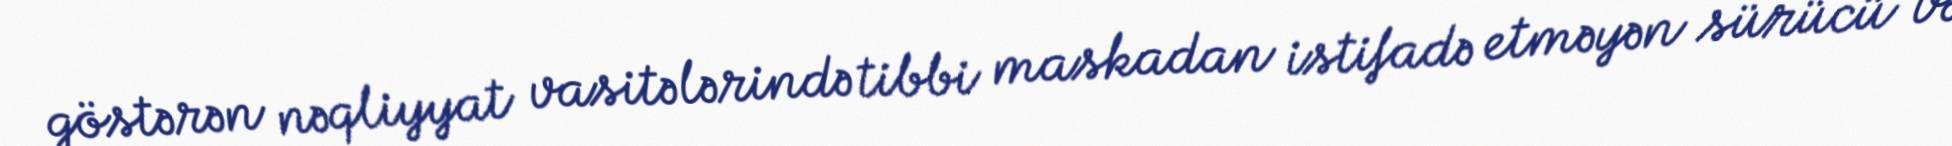
göstərən nəqliyyat vasitələrində tibbi maskadan istifadə etməyən sürücü və